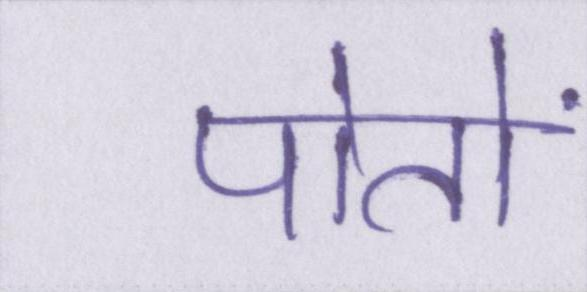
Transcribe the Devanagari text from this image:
पोतों